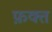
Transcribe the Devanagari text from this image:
फ़क्‍त